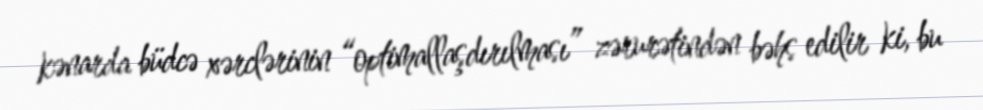
kənarda büdcə xərclərinin “optimallaşdırılması” zərurətindən bəhs edilir ki, bu